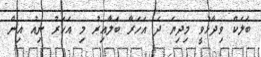
ބަލަކް ވިދާޅުވީ މިދިޔަ ދެ އަހަރާ ބަލާއިރު މި އަހަރު ނިއު އިން